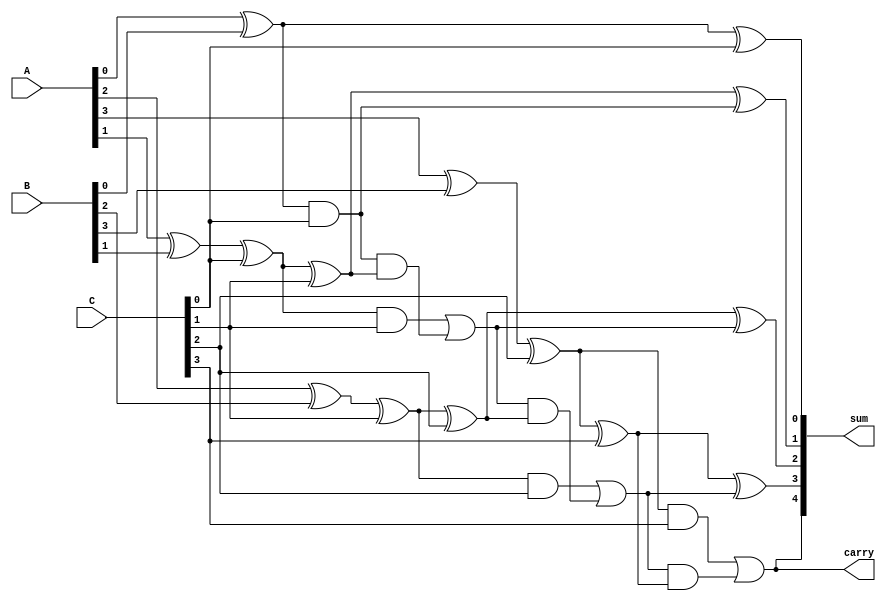
module carry_save_adder (
    input [3:0] A, // 4-bit operand A
    input [3:0] B, // 4-bit operand B
    input [3:0] C, // 4-bit operand C
    output [4:0] sum, // Final sum output (5 bits to accommodate carry)
    output carry // Final carry output
);

    wire [3:0] S1, C1; // Intermediate sums and carries
    wire [3:0] S2, C2; // Intermediate sums and carries

    // Half Adder for the least significant bit (LSB)
    assign S1[0] = A[0] ^ B[0]; // Sum of A[0] and B[0]
    assign C1[0] = A[0] & B[0]; // Carry from A[0] and B[0]

    // Full Adders for the remaining bits
    genvar i;
    generate
        for (i = 1; i < 4; i = i + 1) begin : full_adders
            assign S1[i] = A[i] ^ B[i] ^ C[i-1]; // Sum of A[i], B[i], and carry from previous
            assign C1[i] = (A[i] & B[i]) | (C[i-1] & (A[i] ^ B[i])); // Carry generation
        end
    endgenerate

    // Second stage of addition (adding C and the previous sums)
    assign S2[0] = S1[0] ^ C[0]; // Sum of S1[0] and C[0]
    assign C2[0] = S1[0] & C[0]; // Carry from S1[0] and C[0]

    generate
        for (i = 1; i < 4; i = i + 1) begin : final_full_adders
            assign S2[i] = S1[i] ^ C[i] ^ C2[i-1]; // Final sum
            assign C2[i] = (S1[i] & C[i]) | (C2[i-1] & (S1[i] ^ C[i])); // Final carry
        end
    endgenerate

    // Final outputs
    assign sum = {C2[3], S2}; // Concatenate carry with final sum
    assign carry = C2[3]; // Final carry output

endmodule